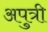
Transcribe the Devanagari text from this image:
अपुत्री